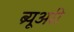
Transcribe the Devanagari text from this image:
ब्र्यूअरी